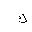
Letter: _kaf